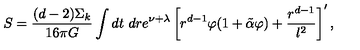
S = \frac { ( d - 2 ) \Sigma _ { k } } { 1 6 \pi G } \int d t \ d r e ^ { \nu + \lambda } \left[ r ^ { d - 1 } \varphi ( 1 + \tilde { \alpha } \varphi ) + \frac { r ^ { d - 1 } } { l ^ { 2 } } \right] ^ { \prime } ,